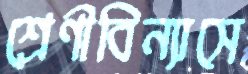
শ্রেণীবিন্যাসে